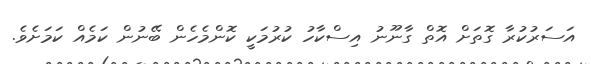
އަސަރުކުރާ ގޮތަށް އޮތް ގާނޫނު އިސްކާހު ކުރުމަކީ ކޮންމެހެން ބޭނުން ކަމެއް ކަމަށެވެ.